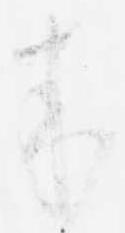
来